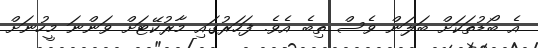
އެ ބޯޑުތަކަށް ބަލަން ވެސް ތިބެ އެވެ. ފަހަރުގައި މާރުކޭޓަށް ވަންނަ މީހުނަށް